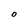
Character: O